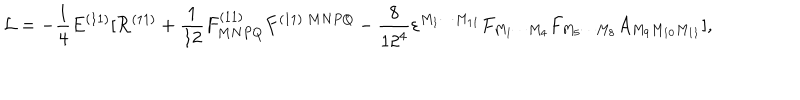
{ \cal L } = - { \frac { 1 } { 4 } } E ^ { ( 1 1 ) } [ { \cal R } ^ { ( 1 1 ) } + { \frac { 1 } { 1 2 } } F _ { M N P Q } ^ { ( 1 1 ) } F ^ { ( 1 1 ) \ M N P Q } - { \frac { 8 } { 1 2 ^ { 4 } } } \varepsilon ^ { M _ { 1 } \cdots M _ { 1 1 } } F _ { M _ { 1 } \cdots M _ { 4 } } F _ { M _ { 5 } \cdots M _ { 8 } } A _ { M _ { 9 } M _ { 1 0 } M _ { 1 1 } } ] ,